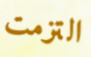
التزمت